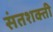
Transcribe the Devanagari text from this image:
संतशक्ती